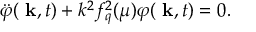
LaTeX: \ddot { \varphi } ( \mathrm { \bf ~ k } , t ) + k ^ { 2 } f _ { q } ^ { 2 } ( \mu ) \varphi ( \mathrm { \bf ~ k } , t ) = 0 .